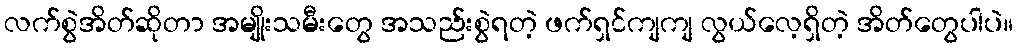
လက်စွဲအိတ်ဆိုတာ အမျိုးသမီးတွေ အသည်းစွဲရတဲ့ ဖက်ရှင်ကျကျ လွယ်လေ့ရှိတဲ့ အိတ်တွေပါပဲ။